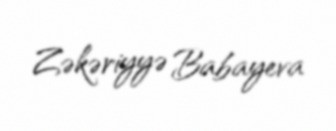
Zəkəriyyə Babayeva